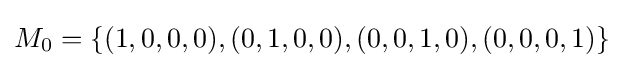
M_{0}=\left\{(1,0,0,0),(0,1,0,0),(0,0,1,0),(0,0,0,1)\right\}